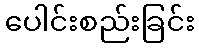
ပေါင်းစည်းခြင်း